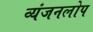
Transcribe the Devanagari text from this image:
व्यंजनलोप